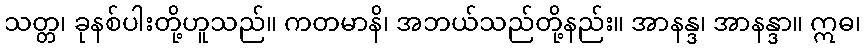
သတ္တ၊ ခုနစ်ပါးတို့ဟူသည်။ ကတမာနိ၊ အဘယ်သည်တို့နည်း။ အာနန္ဒ၊ အာနန္ဒာ။ ဣဓ၊